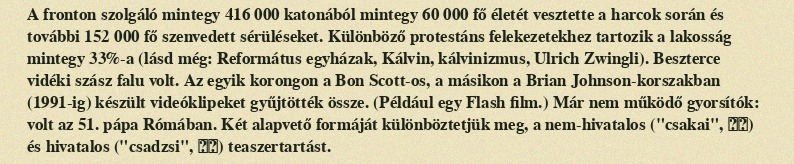
A fronton szolgáló mintegy 416 000 katonából mintegy 60 000 fő életét vesztette a harcok során és további 152 000 fő szenvedett sérüléseket. Különböző protestáns felekezetekhez tartozik a lakosság mintegy 33%-a (lásd még: Református egyházak, Kálvin, kálvinizmus, Ulrich Zwingli). Beszterce vidéki szász falu volt. Az egyik korongon a Bon Scott-os, a másikon a Brian Johnson-korszakban (1991-ig) készült videóklipeket gyűjtötték össze. (Például egy Flash film.) Már nem működő gyorsítók: volt az 51. pápa Rómában. Két alapvető formáját különböztetjük meg, a nem-hivatalos ("csakai", 茶会) és hivatalos ("csadzsi", 茶事) teaszertartást.